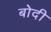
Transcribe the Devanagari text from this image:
बोदी